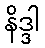
နိဒ္ဒါ